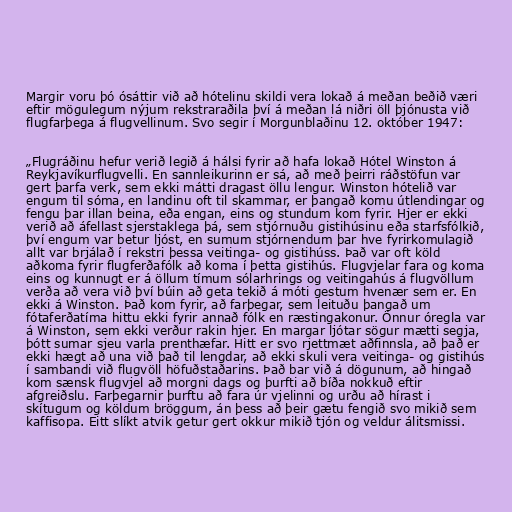
Margir voru þó ósáttir við að hótelinu skildi vera lokað á meðan beðið væri
eftir mögulegum nýjum rekstraraðila því á meðan lá niðri öll þjónusta við
flugfarþega á flugvellinum. Svo segir í Morgunblaðinu 12. október 1947:

„Flugráðinu hefur verið legið á hálsi fyrir að hafa lokað Hótel Winston á
Reykjavíkurflugvelli. En sannleikurinn er sá, að með þeirri ráðstöfun var
gert þarfa verk, sem ekki mátti dragast öllu lengur. Winston hótelið var
engum til sóma, en landinu oft til skammar, er þangað komu útlendingar og
fengu þar illan beina, eða engan, eins og stundum kom fyrir. Hjer er ekki
verið að áfellast sjerstaklega þá, sem stjórnuðu gistihúsinu eða starfsfólkið,
því engum var betur ljóst, en sumum stjórnendum þar hve fyrirkomulagið
allt var brjálað í rekstri þessa veitinga- og gistihúss. Það var oft köld
aðkoma fyrir flugferðafólk að koma í þetta gistihús. Flugvjelar fara og koma
eins og kunnugt er á öllum tímum sólarhrings og veitingahús á flugvöllum
verða að vera við því búin að geta tekið á móti gestum hvenær sem er. En
ekki á Winston. Það kom fyrir, að farþegar, sem leituðu þangað um
fótaferðatíma hittu ekki fyrir annað fólk en ræstingakonur. Önnur óregla var
á Winston, sem ekki verður rakin hjer. En margar ljótar sögur mætti segja,
þótt sumar sjeu varla prenthæfar. Hitt er svo rjettmæt aðfinnsla, að það er
ekki hægt að una við það til lengdar, að ekki skuli vera veitinga- og gistihús
í sambandi við flugvöll höfuðstaðarins. Það bar við á dögunum, að hingað
kom sænsk flugvjel að morgni dags og þurfti að bíða nokkuð eftir
afgreiðslu. Farþegarnir þurftu að fara úr vjelinni og urðu að hírast i
skítugum og köldum bröggum, án þess að þeir gætu fengið svo mikið sem
kaffisopa. Eitt slíkt atvik getur gert okkur mikið tjón og veldur álitsmissi.